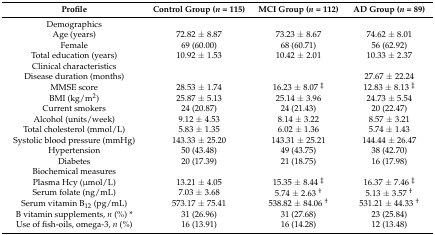
<table><thead><tr><td><b>Profile</b></td><td><b>Control Group (<i>n</i> = 115)</b></td><td><b>MCI Group (<i>n</i> = 112)</b></td><td><b>AD Group (<i>n</i> = 89)</b></td></tr></thead><tbody><tr><td>Demographics</td><td></td><td></td><td></td></tr><tr><td>Age (years)</td><td>72.82 ± 8.87</td><td>73.23 ± 8.67</td><td>74.62 ± 8.01</td></tr><tr><td>Female</td><td>69 (60.00)</td><td>68 (60.71)</td><td>56 (62.92)</td></tr><tr><td>Total education (years)</td><td>10.92 ± 1.53</td><td>10.42 ± 2.01</td><td>10.33 ± 2.37</td></tr><tr><td>Clinical characteristics</td><td></td><td></td><td></td></tr><tr><td>Disease duration (months)</td><td></td><td></td><td>27.67 ± 22.24</td></tr><tr><td>MMSE score </td><td>28.53 ± 1.74</td><td>16.23 ± 8.07 <sup>‡</sup></td><td>12.83 ± 8.13 <sup>‡</sup></td></tr><tr><td>BMI (kg/m<sup>2</sup>)</td><td>25.87 ± 5.13</td><td>25.14 ± 3.96</td><td>24.73 ± 5.54</td></tr><tr><td>Current smokers</td><td>24 (20.87)</td><td>24 (21.43)</td><td>20 (22.47)</td></tr><tr><td>Alcohol (units/week)</td><td>9.12 ± 4.53</td><td>8.14 ± 3.22</td><td>8.57 ± 3.21</td></tr><tr><td>Total cholesterol (mmol/L)</td><td>5.83 ± 1.35</td><td>6.02 ± 1.36</td><td>5.74 ± 1.43</td></tr><tr><td>Systolic blood pressure (mmHg)</td><td>143.33 ± 25.20</td><td>143.31 ± 25.21</td><td>144.44 ± 26.47</td></tr><tr><td>Hypertension</td><td>50 (43.48)</td><td>49 (43.75)</td><td>38 (42.70)</td></tr><tr><td>Diabetes</td><td>20 (17.39)</td><td>21 (18.75)</td><td>16 (17.98)</td></tr><tr><td>Biochemical measures</td><td></td><td></td><td></td></tr><tr><td>Plasma Hcy (μmol/L)</td><td>13.21 ± 4.05</td><td>15.35 ± 8.44 <sup>‡</sup></td><td>16.37 ± 7.46 <sup>‡</sup></td></tr><tr><td>Serum folate (ng/mL)</td><td>7.03 ± 3.68</td><td>5.74 ± 2.63 <sup>†</sup></td><td>5.13 ± 3.57 <sup>†</sup></td></tr><tr><td>Serum vitamin B<sub>12</sub> (pg/mL)</td><td>573.17 ± 75.41</td><td>538.82 ± 84.06 <sup>†</sup></td><td>531.21 ± 44.33 <sup>†</sup></td></tr><tr><td>B vitamin supplements, <i>n</i> (%) *</td><td>31 (26.96)</td><td>31 (27.68)</td><td>23 (25.84)</td></tr><tr><td>Use of fish-oils, omega-3, <i>n</i> (%)</td><td>16 (13.91)</td><td>16 (14.28)</td><td>12 (13.48)</td></tr></tbody></table>